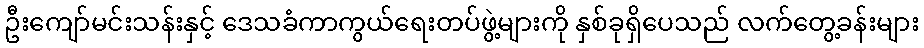
ဦးကျော်မင်းသန်းနှင့် ဒေသခံကာကွယ်ရေးတပ်ဖွဲ့များကို နှစ်ခုရှိပေသည် လက်တွေ့ခန်းများ